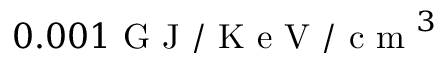
0 . 0 0 1 \mathrm { ~ G ~ J ~ / ~ K ~ e ~ V ~ / ~ c ~ m ~ } ^ { 3 }